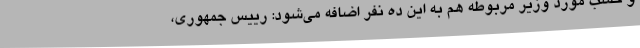
و حسب مورد وزیر مربوطه هم به این ده نفر اضافه می‌شود: رییس جمهوری،